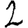
Digit: 2